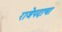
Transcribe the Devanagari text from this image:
राजेपदाचा